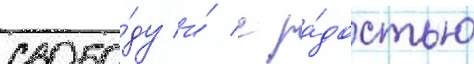
свобо́ду и́ с ра́достью